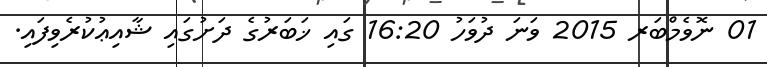
01 ނޮވެމްބަރ 2015 ވަނަ ދުވަހު 16:20 ގައި ޚަބަރުގެ ދަށުގައި ޝާއިޢުކުރެވިފައި.